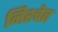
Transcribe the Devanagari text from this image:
निश्चेत